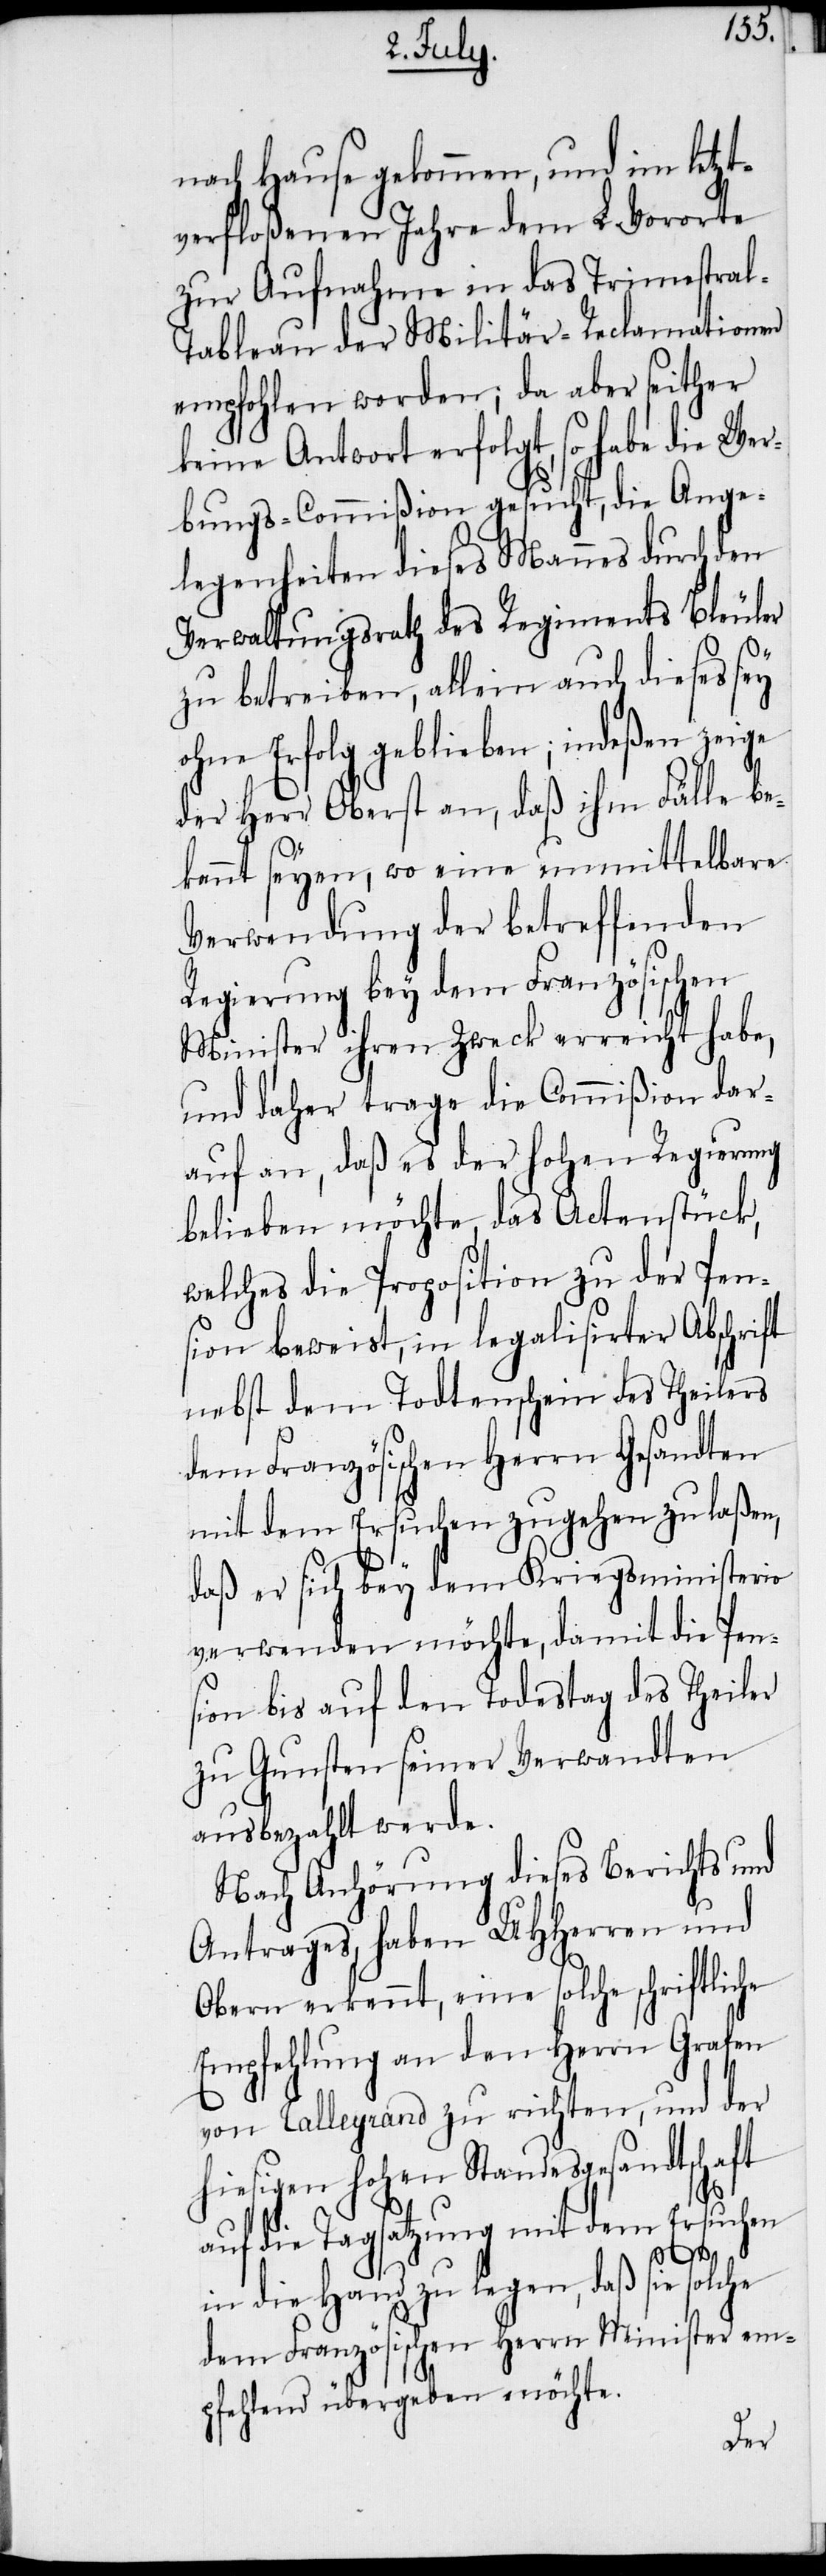
nach Hause gekommen, und im letzt¬
verfloßenen Jahre dem L. Vororte
zur Aufnahme in das Trimestra¬
l-Tableau der Militär-Reclamationen
empfohlen worden; da aber seither
keine Antwort erfolgt, so habe die Wer¬
bungs-Commißion gesucht, die Ange¬
legenheiten dieses Mannes durch den
Verwaltungsrath des Regiments Bleuler
zu betreiben, allein auch dieses sey
ohne Erfolg geblieben; indeßen zeige
der Herr Oberst an, daß ihm Fälle be¬
kannt seyen, wo eine unmittelbare
Verwendung der betreffenden
Regierung bey dem Französischen
Minister ihren Zweck erreicht habe,
und daher trage die Commißion dar¬
auf an, daß es der hohen Regierung
belieben möchte, das Actenstück,
welches die Proposition der Pen¬
sion beweist, in legalisirter Abschrift
nebst dem Todtenschein des Theilers
dem Französischen Herrn Gesandten
mit dem Ersuchen zugehen zu laßen,
daß er sich bey dem Kriegsministerio
verwenden möchte, damit die Pen¬
sion bis auf den Todestag des Theiler
zu Gunsten seiner Verwandten
ausbezahlt werde.
Nach Anhörung dieses Berichts und
Antrages, haben UHHerren und
Obern erkennt, eine solche schriftliche
Empfehlung an den Herrn Grafen
von Talleyrand zu richten, und der
hiesigen hohen Standesgesandtschaft
auf die Tagsatzung mit dem Ersuchen
in die Hand zu legen, daß sie solche
dem Französischen Herrn Minister em¬
pfehlend übergeben möchte.